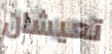
تعيشان